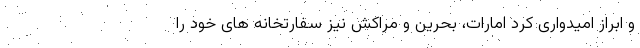
و ابراز امیدواری کرد امارات، بحرین و مراکش نیز سفارتخانه های خود را